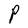
Character: P